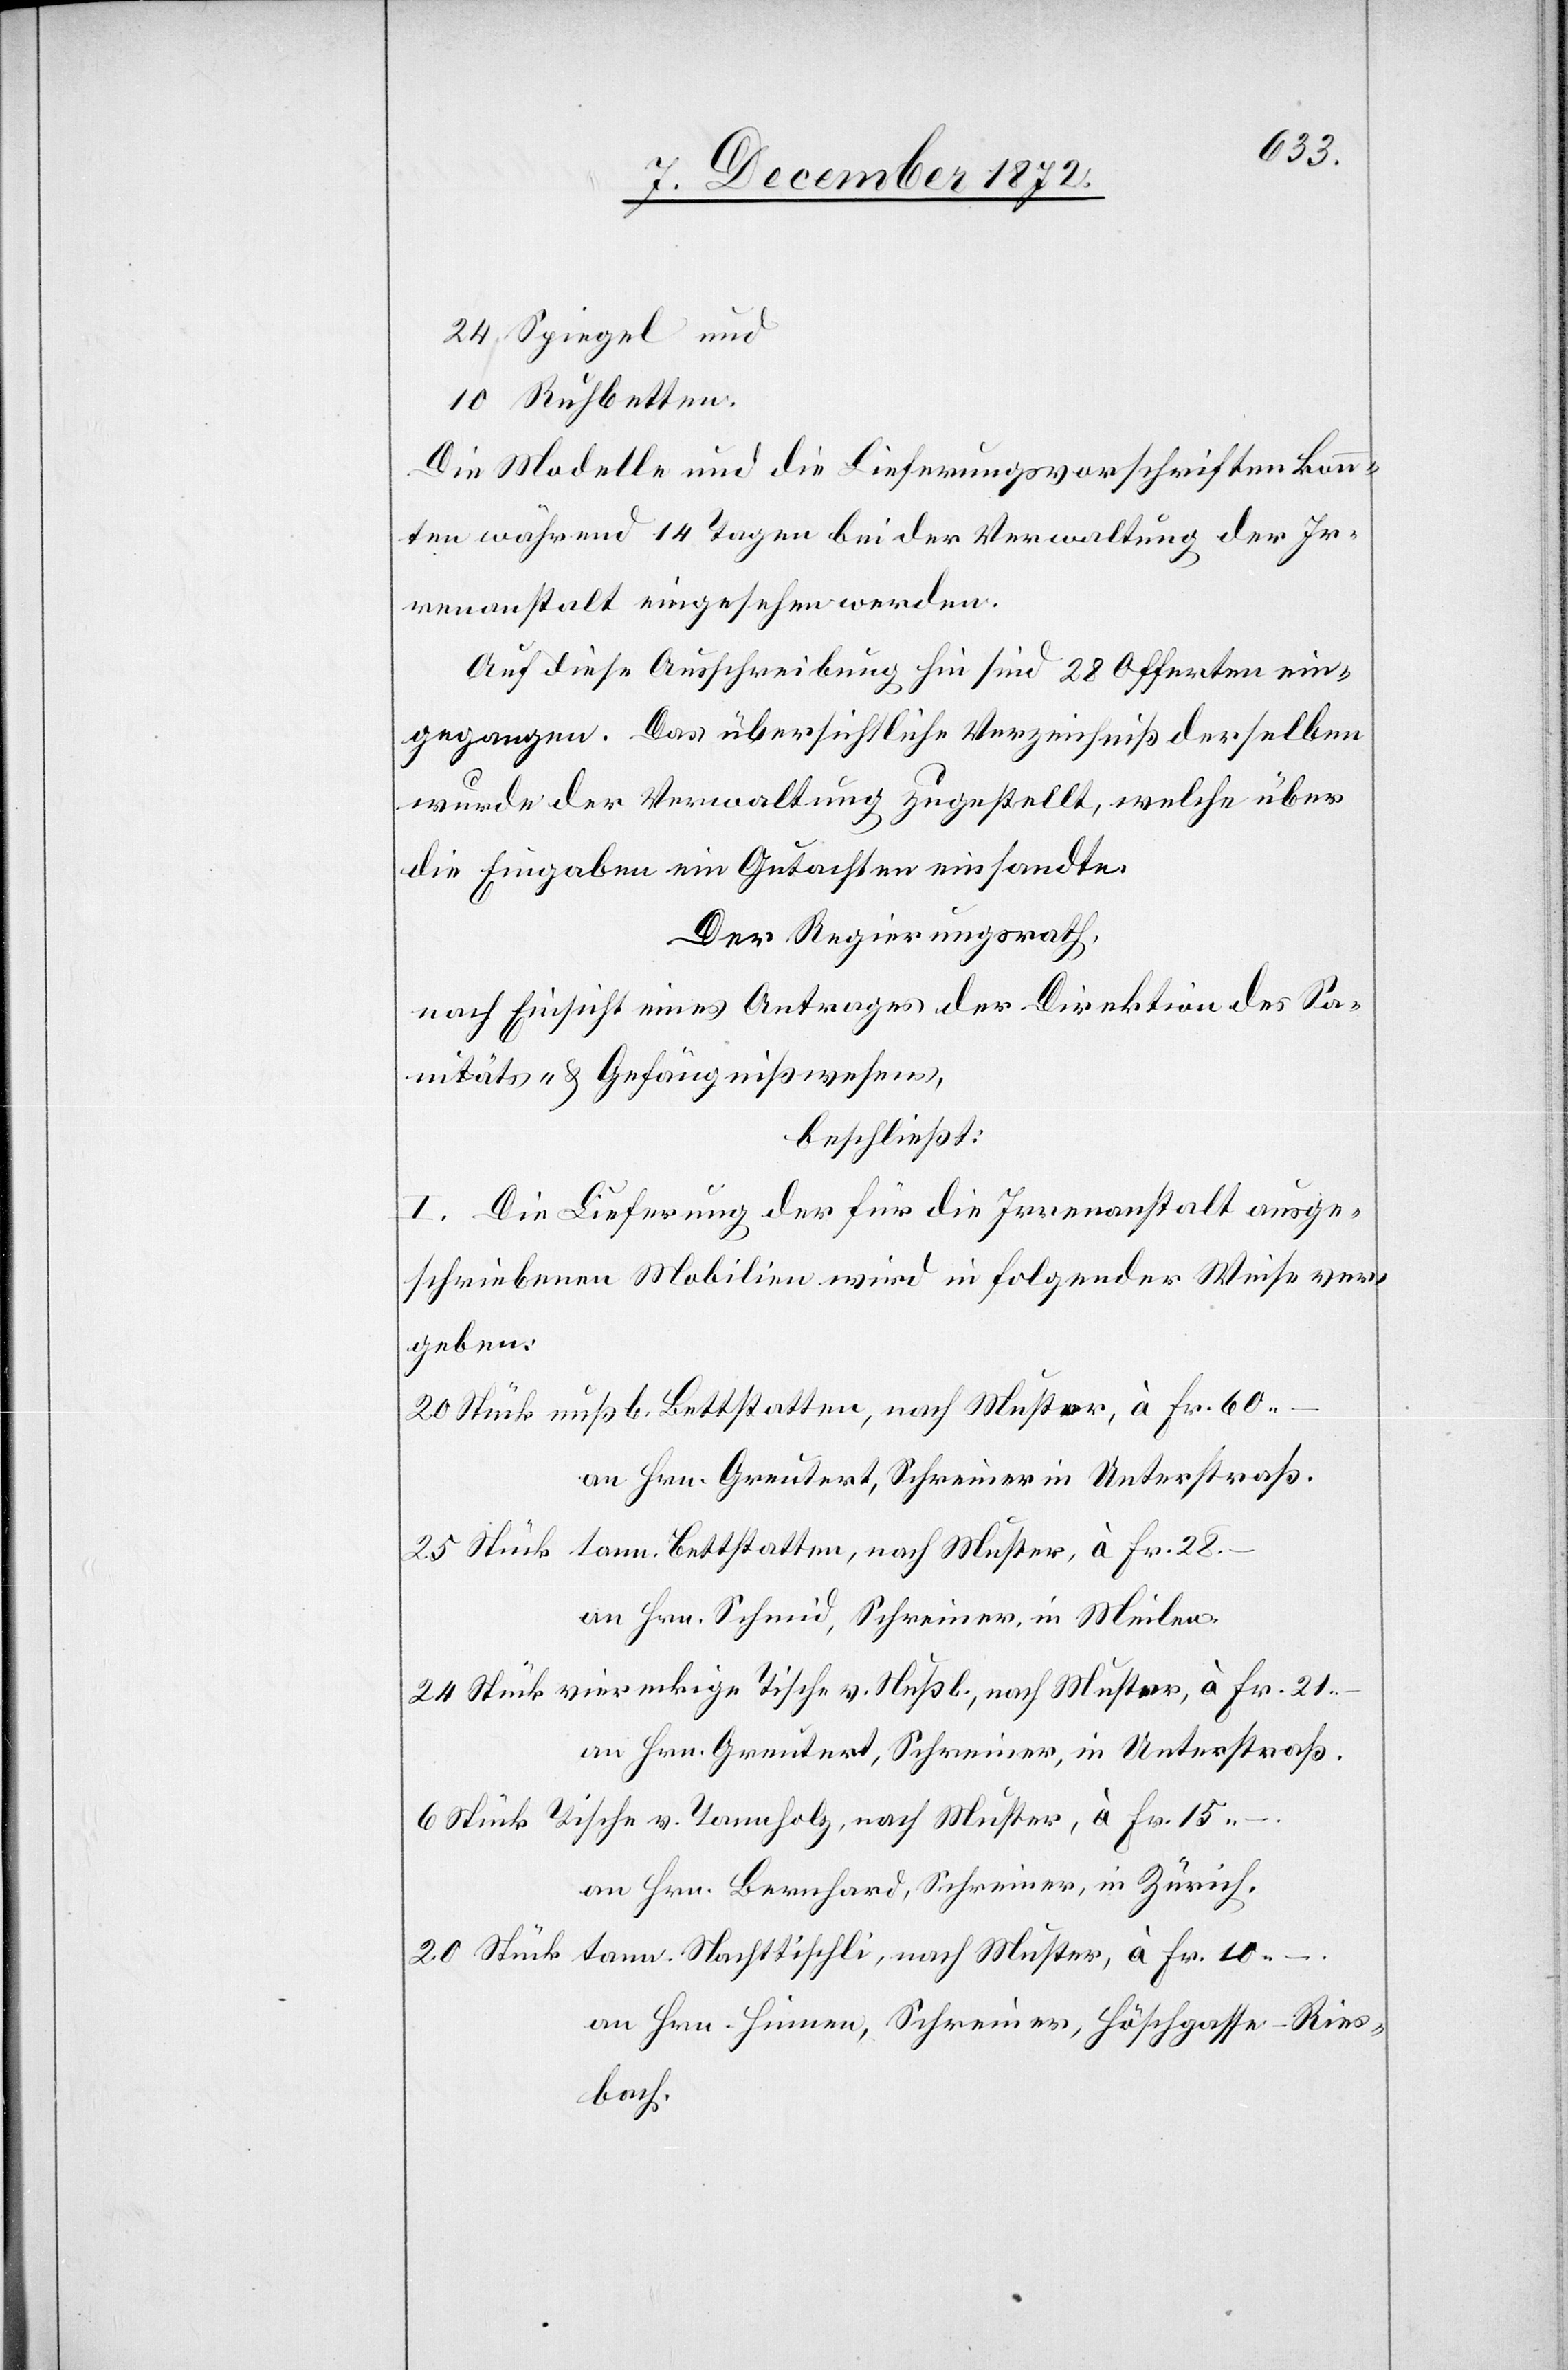
Spiegel und
Ruhbetten.
Die Modelle und die Lieferungsvorschriften konn¬
ten während 14 Tagen bei der Verwaltung der Ir¬
renanstalt eingesehen werden.
Auf diese Ausschreibung hin sind 28 Offerten ein¬
gegangen. Das übersichtliche Verzeichniß derselben
wurde der Verwaltung zugestellt, welche über
die Eingaben ein Gutachten einsandte.
Der Regierungsrath,
nach Einsicht eines Antrages der Direktion des Sa¬
nitäts- u. Gefängnißwesens,
beschließt:
I. Die Lieferung der für die Irrenanstalt ausge¬
schriebenen Mobilien wird in folgender Weise ver¬
geben:
an Hrn. Greutert, Schreiner in Unterstraß.
an Hrn. Schmid, Schreiner, in Meilen.
an Hrn. Greutert, Schreiner, in Unterstraß.
Tische v. Tannholz, nach Muster, à
an Hrn. Bernhard, Schreiner, in Zürich.
an Hrn. Hinnen, Schreiner, Höschgasse-Ries¬
bach.